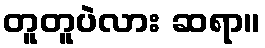
တူတူပဲလား ဆရာ။